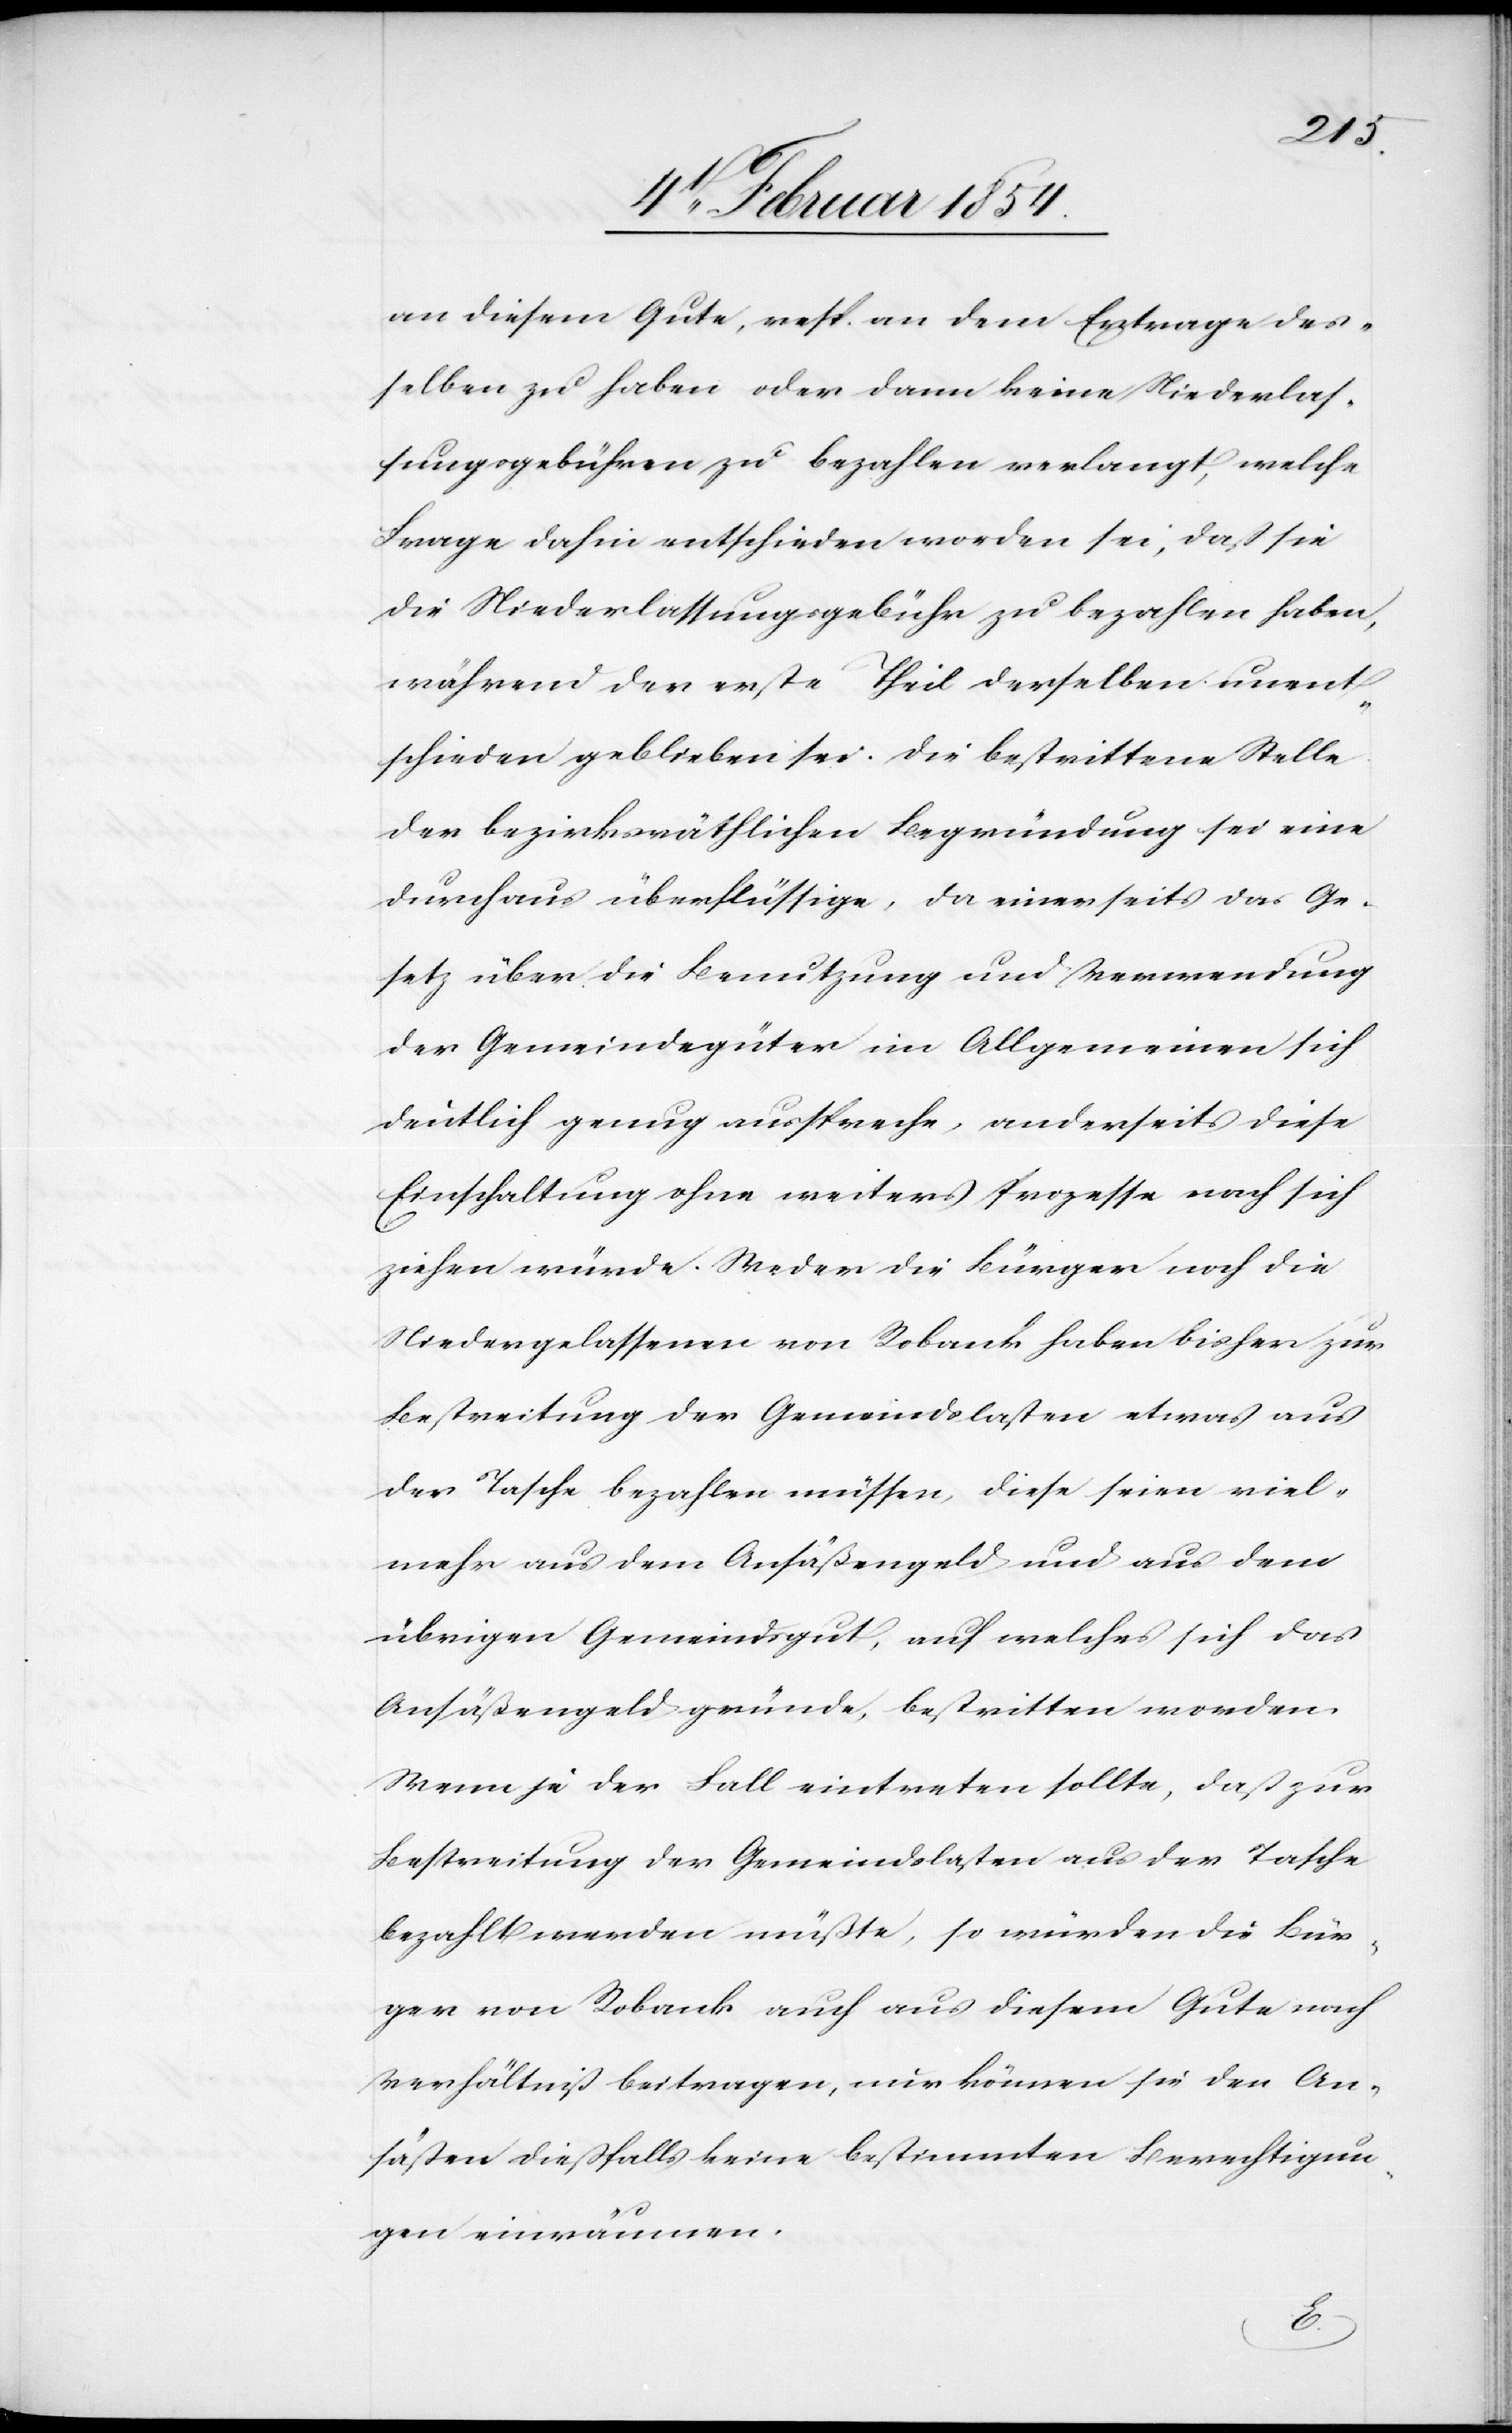
an diesem Gute, resp. an dem Ertrage des¬
selben zu haben oder dann keine Niederlas¬
sungsgebühren zu bezahlen verlangt, welche
Frage dahin entschieden worden sei, daß sie
die Niederlassungsgebühr zu bezahlen haben,
während der erste Theil derselben unent¬
schieden geblieben sei. Die bestrittene Stelle
der bezirksräthlichen Begründung sei eine
durchaus überflüssige, da einerseits das Ge¬
setz über die Benutzung und Verwendung
der Gemeindegüter im Allgemeinen sich
deutlich genug ausspreche, anderseits diese
Einschaltung ohne weiters Prozesse nach sich
ziehen würde. Weder die Bürger noch die
Niedergelassenen von Robank haben bisher zur
Bestreitung der Gemeindelasten etwas aus
der Tasche bezahlen müssen, diese seien viel¬
mehr aus dem Ansäßengeld und aus dem
übrigen Gemeindsgut, auf welches sich das
Ansäßengeld gründe, bestritten worden.
Wenn je der Fall eintreten sollte, daß zur
Bestreitung der Gemeindslasten aus der Tasche
bezahlt werden müßte, so würden die Bür¬
ger von Robank auch aus diesem Gute nach
Verhältniß beitragen, nur können sie den An¬
säßen dießfalls keine bestimmten Berechtigun¬
gen einräumen.